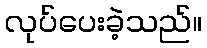
လုပ်ပေးခဲ့သည်။